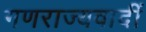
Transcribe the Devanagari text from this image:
गणराज्यवादीं